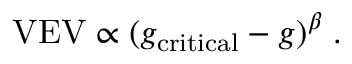
\mathrm { V E V } \propto ( g _ { \mathrm { c r i t i c a l } } - g ) ^ { \beta } \; .